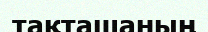
тақташаның